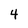
Character: 4